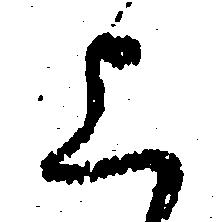
上